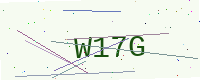
Text: W17G